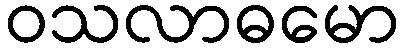
ဝသလာဓမော